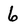
Character: 6